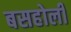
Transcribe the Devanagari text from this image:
बसहोली